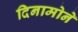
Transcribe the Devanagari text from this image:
दिनामोने